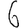
Digit: 6